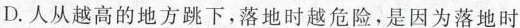
D.人从越高的地方跳下，落地时越危险，是因为落地时